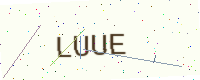
Text: LUUE